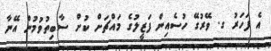
އެ ފަހަރު ގ. ވޭރުގޭ ހުސެއިން ފަޒީލުގެ މައްޗަށް ކުށް ސާބިތުވުމުން އޭނާ